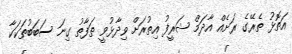
އަތޮޅު ތެރޭގެ ރަށެއް އާދަމް ޝަރީފު އިތުރަށް ވިދާޅުވީ ތަފާތު ގިނަ ސަބަބުތަކަކާ